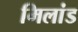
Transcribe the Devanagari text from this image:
मिलांड